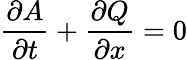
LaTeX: {\frac{\partial A}{\partial t}}+{\frac{\partial Q}{\partial x}}=0